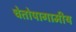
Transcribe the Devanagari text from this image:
चेतोपागामीय